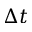
\Delta t